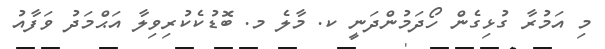
މި އަމުރާ ގުޅިގެން ހޯދަމުންދަނީ ކ. މާލެ މ. ބޮޑުކެކުރިވިލާ އަޙްމަދު ވަފާއު